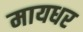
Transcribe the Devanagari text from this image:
मायधर